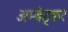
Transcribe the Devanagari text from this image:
अम्बेड्कर